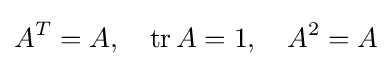
A^{T}=A,\quad \mathrm {tr} \,A=1,\quad A^{2}=A